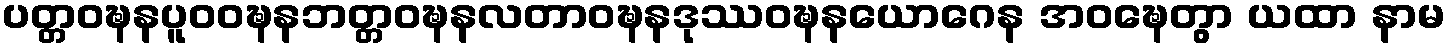
ပတ္တဝဍ္ဎနပူဝဝဍ္ဎနဘတ္တဝဍ္ဎနလတာဝဍ္ဎနဒုဿဝဍ္ဎနယောဂေန အဝဍ္ဎေတွာ ယထာ နာမ